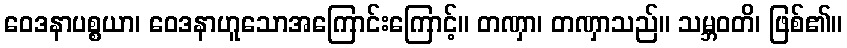
ဝေဒနာပစ္စယာ၊ ဝေဒနာဟူသောအကြောင်းကြောင့်။ တဏှာ၊ တဏှာသည်။ သမ္ဘဝတိ၊ ဖြစ်၏။